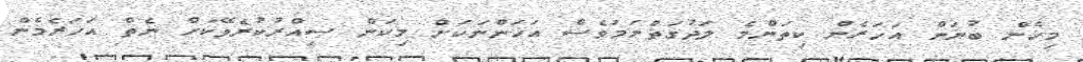
މިހެން ބުނަން އަހަރެން ކިތަންމެ ލަދުގަތްނަމަވެސް އަހަންނަކަށް މިކަން ސިއްރުކުރެވޭކަށް ނެތް އަހަރެމެން